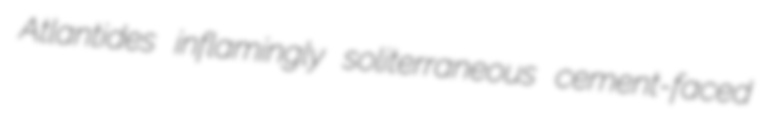
Atlantides inflamingly soliterraneous cement-faced